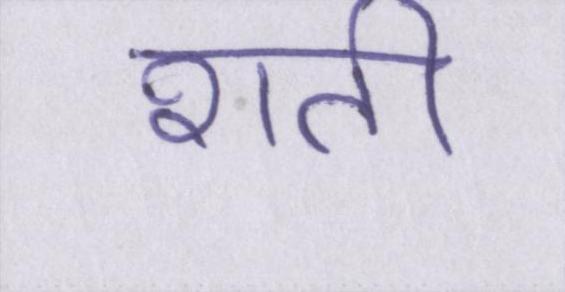
शती